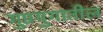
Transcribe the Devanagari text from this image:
गुप्तयुगातील